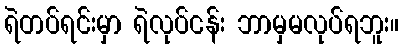
ရဲတပ်ရင်းမှာ ရဲလုပ်ငန်း ဘာမှမလုပ်ရဘူး။